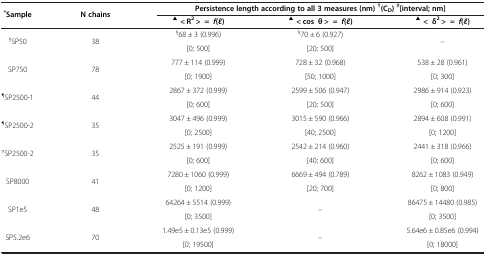
<table><thead><tr><td rowspan="2"><b><sup>*</sup>Sample</b></td><td rowspan="2"><b>N chains</b></td><td colspan="3"><b>Persistence length according to all 3 measures (nm) <sup>†</sup>(C<sub>D</sub>) <sup>‡</sup>[interval; nm]</b></td></tr><tr><td><b><sup>▲</sup>&lt; R<sup>2</sup> &gt; =<i>f </i>(<i>l</i>)</b></td><td><b><sup>▲</sup>&lt; cos θ &gt; =<i>f </i>(<i>l</i>)</b></td><td><b><sup>▲</sup>&lt; δ<sup>2</sup> &gt; =<i>f </i>(<i>l</i>)</b></td></tr></thead><tbody><tr><td rowspan="2"><sup>§</sup>SP50</td><td rowspan="2">38</td><td><sup>§</sup>68 ± 3 (0.996)</td><td><sup>§</sup>70 ± 6 (0.927)</td><td rowspan="2">–</td></tr><tr><td>[0; 500]</td><td>[20; 500]</td></tr><tr><td rowspan="2">SP750</td><td rowspan="2">78</td><td>777 ± 114 (0.999)</td><td>728 ± 32 (0.968)</td><td>538 ± 28 (0.961)</td></tr><tr><td>[0; 1900]</td><td>[50; 1000]</td><td>[0; 300]</td></tr><tr><td rowspan="2"><sup>¶</sup>SP2500-1</td><td rowspan="2">44</td><td>2867 ± 372 (0.999)</td><td>2599 ± 506 (0.947)</td><td>2986 ± 914 (0.923)</td></tr><tr><td>[0; 600]</td><td>[20; 500]</td><td>[0; 600]</td></tr><tr><td rowspan="2"><sup>¶</sup>SP2500-2</td><td rowspan="2">35</td><td>3047 ± 496 (0.999)</td><td>3015 ± 590 (0.966)</td><td>2894 ± 608 (0.991)</td></tr><tr><td>[0; 2500]</td><td>[40; 2500]</td><td>[0; 1200]</td></tr><tr><td rowspan="2"><sup>¤</sup>SP2500-2</td><td rowspan="2">35</td><td>2525 ± 191 (0.999)</td><td>2542 ± 214 (0.960)</td><td>2441 ± 318 (0.966)</td></tr><tr><td>[0; 600]</td><td>[40; 600]</td><td>[0; 600]</td></tr><tr><td rowspan="2">SP8000</td><td rowspan="2">41</td><td>7280 ± 1060 (0.999)</td><td>6669 ± 494 (0.789)</td><td>8262 ± 1083 (0.949)</td></tr><tr><td>[0; 1200]</td><td>[20; 700]</td><td>[0; 800]</td></tr><tr><td rowspan="2">SP1e5</td><td rowspan="2">48</td><td>64264 ± 5514 (0.999)</td><td rowspan="2">–</td><td>86475 ± 14480 (0.985)</td></tr><tr><td>[0; 3500]</td><td>[0; 3500]</td></tr><tr><td rowspan="2">SP5.2e6</td><td rowspan="2">70</td><td>1.49e5 ± 0.13e5 (0.999)</td><td rowspan="2">–</td><td>5.64e6 ± 0.85e6 (0.994)</td></tr><tr><td>[0; 19500]</td><td>[0; 18000]</td></tr></tbody></table>